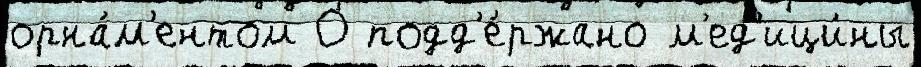
орна́м'ентом О подд'е́ржано м'ед'ици́ны